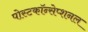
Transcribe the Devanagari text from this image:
पोस्टकॉन्सेप्शनल